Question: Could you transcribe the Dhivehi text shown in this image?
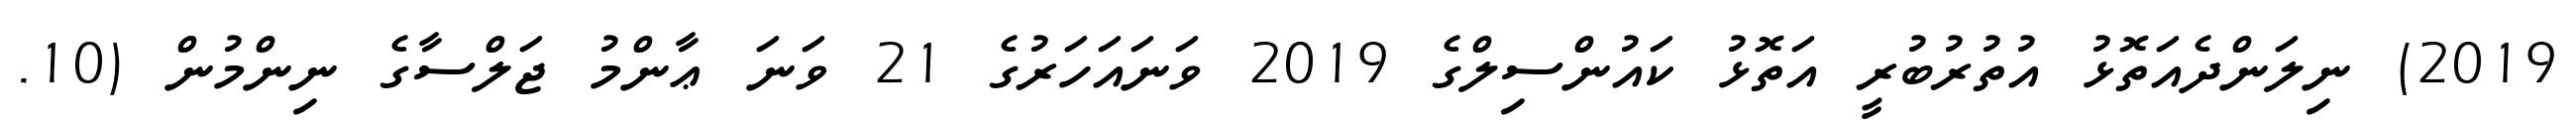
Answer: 2019) ނިލަންދެއަތޮޅު އުތުރުބުރީ އަތޮޅު ކައުންސިލްގެ 2019 ވަނައަހަރުގެ 21 ވަނަ ޢާންމު ޖަލްސާގެ ނިންމުން (10.